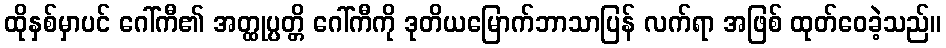
ထိုနှစ်မှာပင် ဂေါ်ကီ၏ အတ္ထုပ္ပတ္တိ ဂေါ်ကီကို ဒုတိယမြောက်ဘာသာပြန် လက်ရာ အဖြစ် ထုတ်ဝေခဲ့သည်။